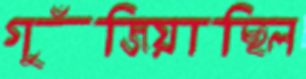
গুঁজিয়াছিল